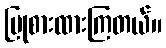
ပြုစားထားကြတယ်။